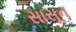
સાસૂન